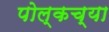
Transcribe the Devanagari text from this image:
पोल्कच्या